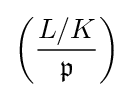
\left({\frac {L/K}{\mathfrak {p}}}\right)